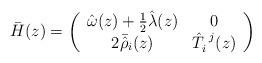
LaTeX: \begin{align*}\bar{H}(z)=\left(\begin{array}{cc}\hat{\omega}(z)+\textstyle{\frac{1}{2}}\hat{\lambda}(z)&0\\2\bar{\hat{\rho}}_{i}(z)&\hat{T}_{i}^{~j}(z)\end{array}\right)\end{align*}